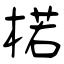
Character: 楉